Tartu_Muinsuskaitse_Uhendus, lk 9
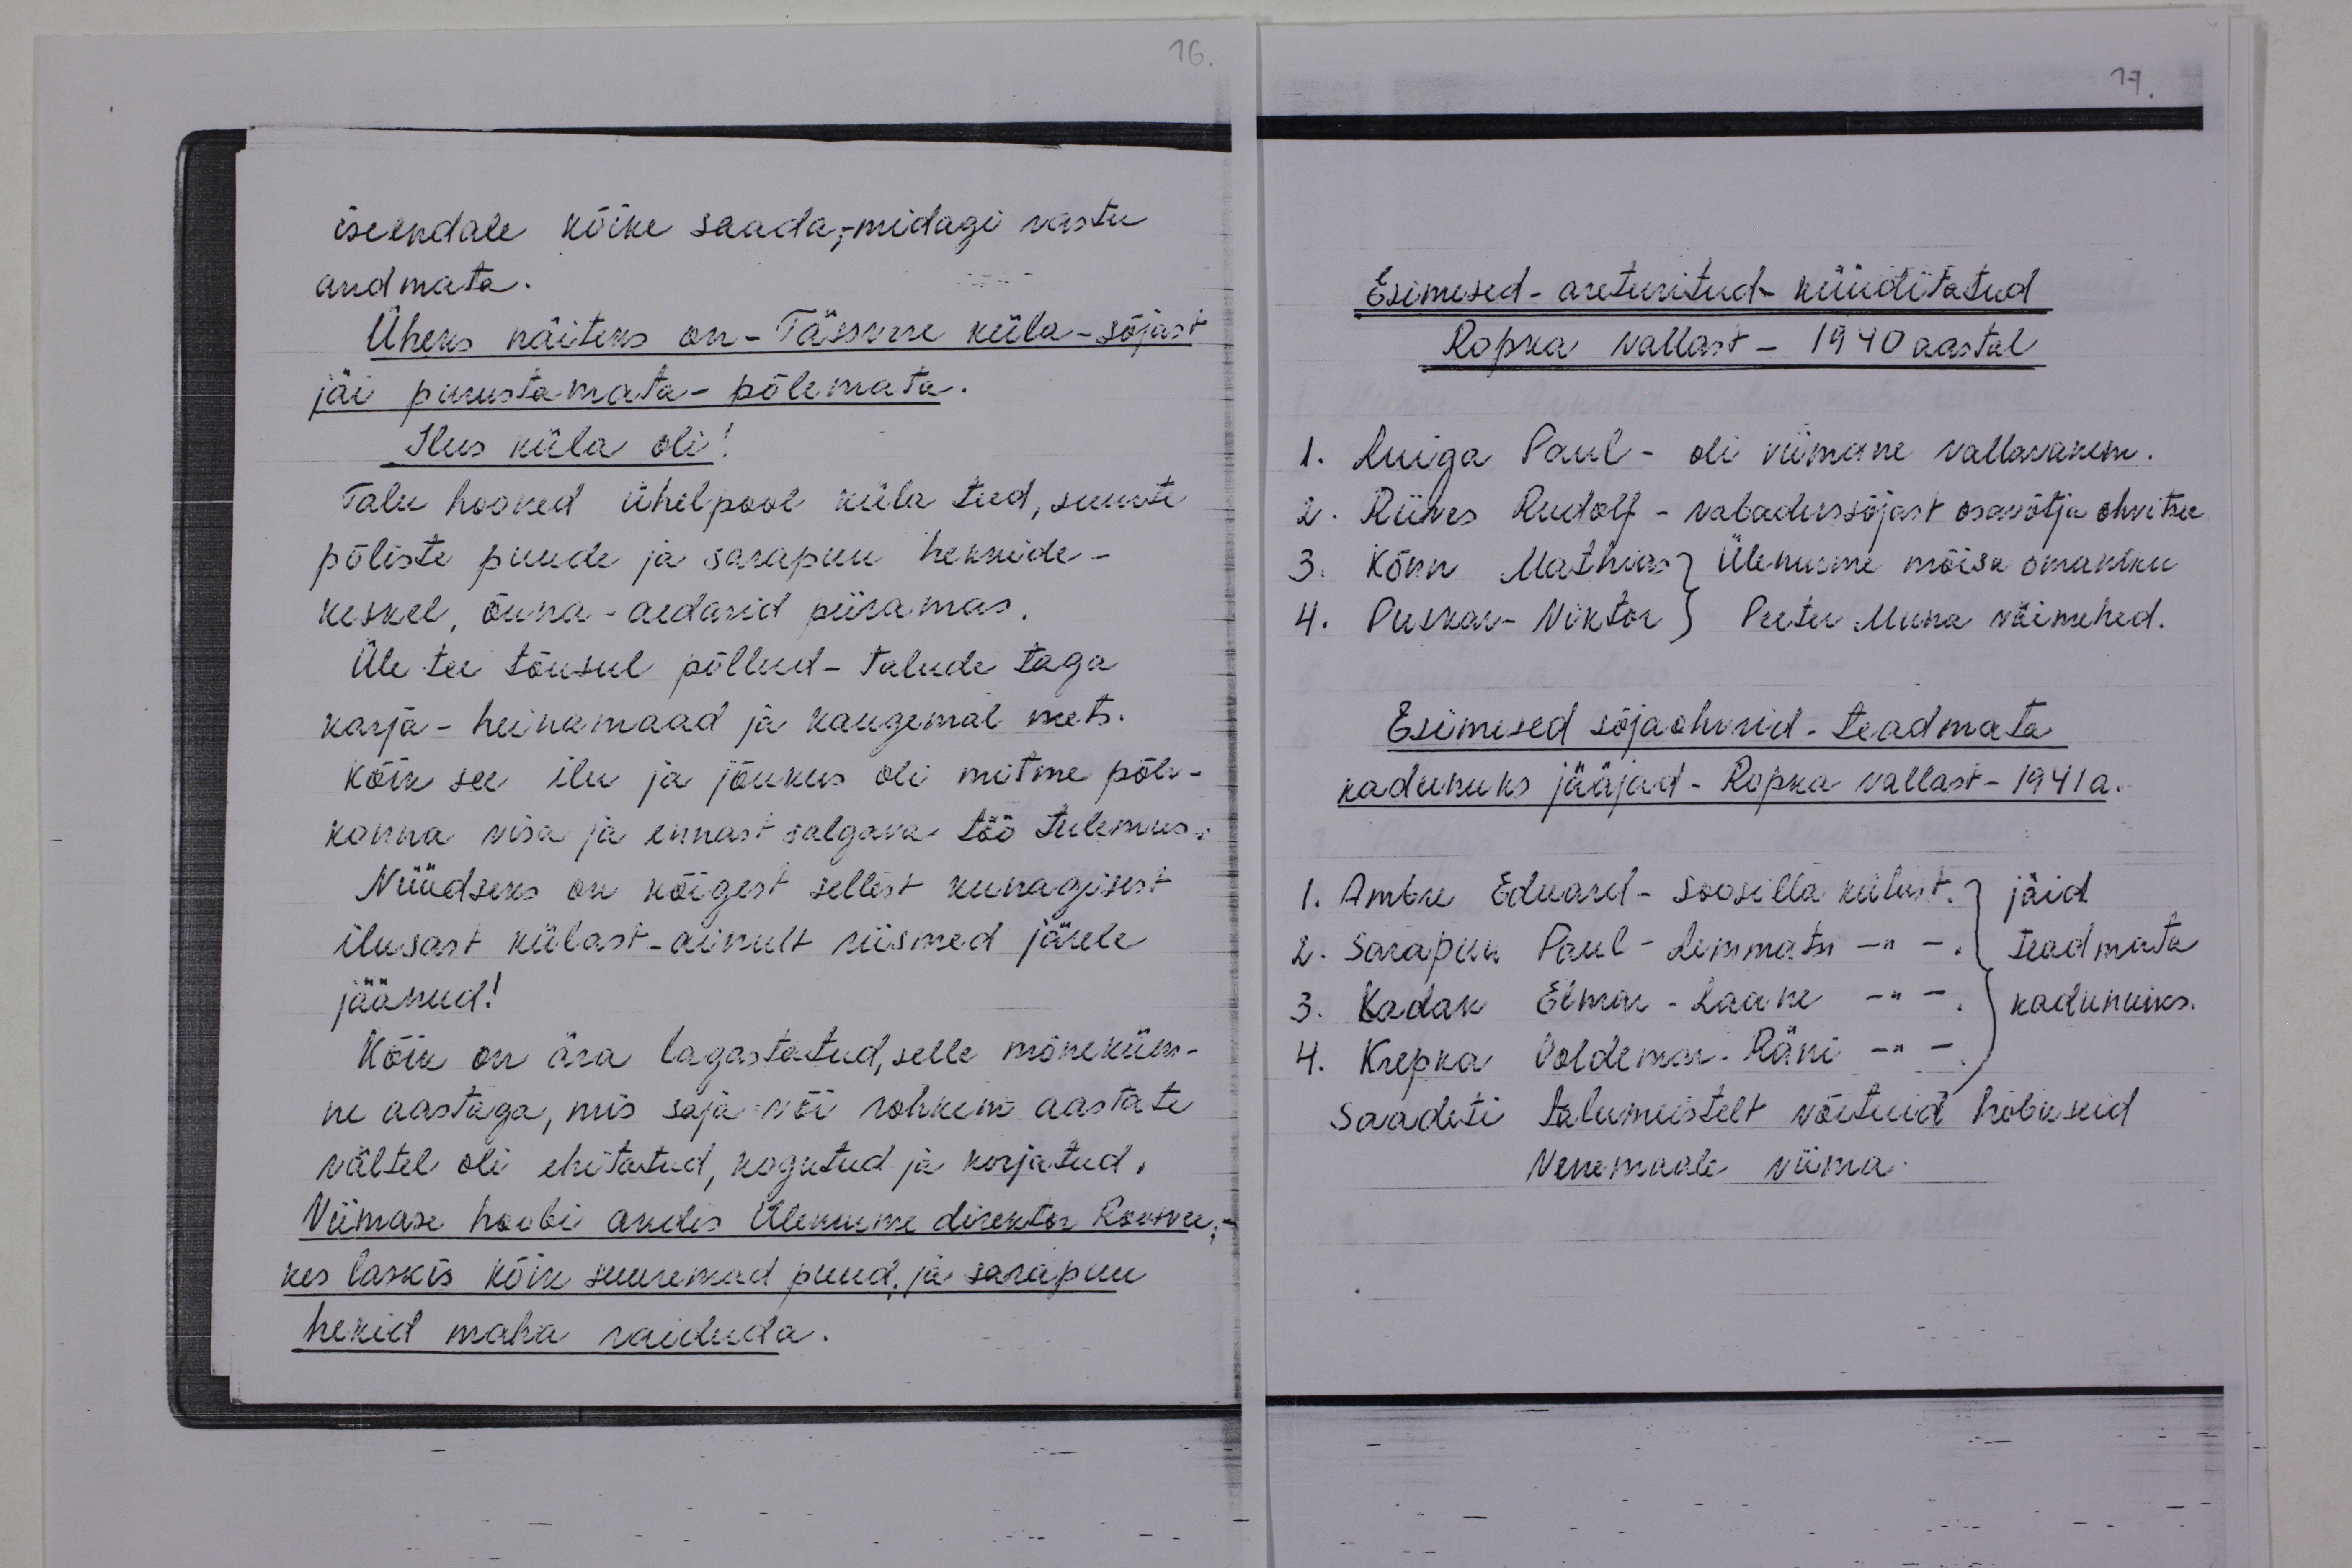
iseendale kõike saada, midagi vastu
andmata.
Üheks näiteks on - Tässvere küla-sõjast
jäi purustamata- põlemata.
Ilus küla oli!
Talu hooned ühelpool küla teed, suurte
põliste puude ja sarapuu hekkide-
keskel, õuna aedasid piiramas.
Üle tee tõusul põllud - talude taga
karja-heinamaad ja kaugemal mets.
Kõik see ilu ja jõukus oli mitme põlv-
konna visa ja ennast salgava töö tulemus.
Nüüdseks on kõigest sellest kunagisest
ilusast külast-ainult riismed järele
jäänud!
Kõik on ära lagastatud, selle mõneküm-
ne aastaga, mis saja või rohkem aastate
vältel oli ehitatud, kogutud ja korjatud.
Viimase hoobi andis Ülenurme direktor Rosonu-
kes laskis kõik suuremad puud, ja sarupuu
hekid maha raiduda.

Esimesed - areteeritud küüditatud
Ropka vallast - 1940 aastal
1. Luiga Paul - oli viimane vallavanem.
2. Riives Rudolf - vabadussõjast osavõtja ohvitser
3. Könn Mathias Ülenurme mõisa omaniku
4. Puskar-Viktor Peeter Muna väimehed.
Esimesed sõjaohvrid teadmata
kadunuks jääjad - Ropka vallast - 1941 a.
1. Ambre Eduard - Soosilla külast. jäid
2. Sarapuu Paul - Lemmatsi külast
teadmata
3. Kadak Elmar-Laane külast
kadunuiks.
4. Krepka Voldemar. Räni külast
Saadeti talumeestelt võetuid hobuseid
Venemaale viima.